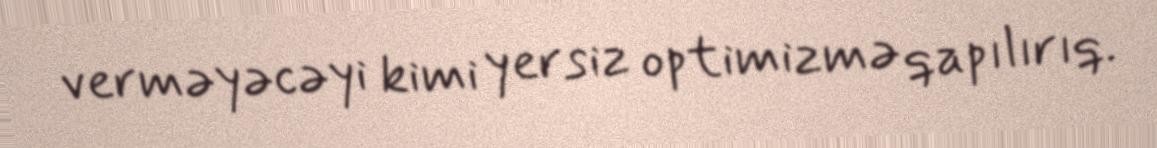
verməyəcəyi kimi yersiz optimizmə qapılırıq.